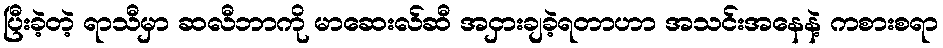
ပြီးခဲ့တဲ့ ရာသီမှာ ဆလီဘာကို မာဆေးလ်ဆီ အငှားချခဲ့ရတာဟာ အသင်းအနေနဲ့ ကစားစရာ